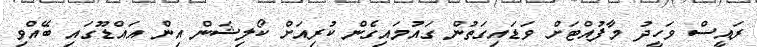
ރައީސް ވަހީދު މާފުއްޓަށް ވަޑައިގަތުން ގައުމައިގެން ކުރިއަށް ކޯލިޝަން އިން އައްޑޫގައި ބޭއްވި